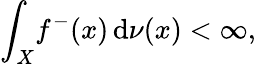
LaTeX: \int_{X}\! f^{-}(x)\, \mathrm{d}\nu(x)<\infty,